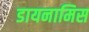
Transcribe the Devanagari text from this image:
डायनामिस